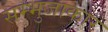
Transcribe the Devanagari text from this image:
सम्भुजाकार